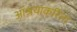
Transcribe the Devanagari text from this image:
आश्रयाकरिता